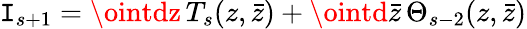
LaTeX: \mathtt{I}_{s+1}=\ointdz\, T_{s}(z,\bar{{z}})+\ointd\bar{{z}}\, \Theta_{s-2}(z,\bar{{z}})